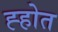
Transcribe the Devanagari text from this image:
ह्होत